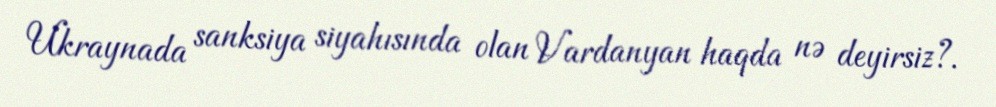
Ukraynada sanksiya siyahısında olan Vardanyan haqda nə deyirsiz?.